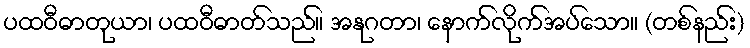
ပထဝီဓာတုယာ၊ ပထဝီဓာတ်သည်။ အနုဂတာ၊ နောက်လိုက်အပ်သော။ (တစ်နည်း)